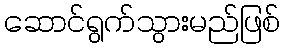
ဆောင်ရွက်သွားမည်ဖြစ်